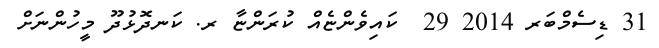
31 ޑިސެމްބަރ 2014 29  ކައިވެންޏެއް ކުރަންޏާ ރ. ކަނދޮޅުދޫ މީހުންނަށް